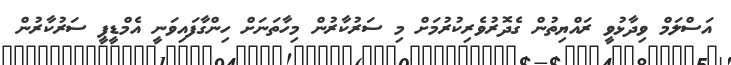
އަސްލަމް ވިދާޅުވީ ރައްޔިތުން ގެދޮރުވެރިކުރުމަށް މި ސަރުކާރުން މިހާތަނަށް ހިންގާފައިވަނީ އެމްޑީޕީ ސަރުކާރުން